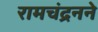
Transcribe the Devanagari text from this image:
रामचंद्रनने